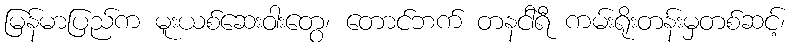
မြန်မာပြည်က မူးယစ်ဆေးဝါးတွေ၊ တောင်ဘက် တနင်ာရီ ကမ်းရိုးတန်းမှတစ်ဆင့်၊